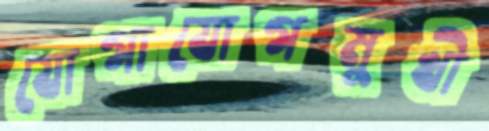
যোগাযোগমুখী